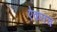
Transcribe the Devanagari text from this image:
ऐकतच